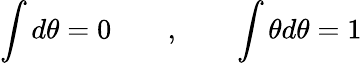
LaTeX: \int d\theta=0\qquad,\qquad\int\theta d\theta=1